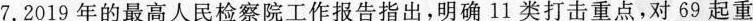
7.2019年的最高人民检察院工作报告指出，明确11类打击重点，对69起重